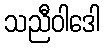
သညီဝါဒေါ